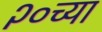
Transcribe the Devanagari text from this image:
२०च्या